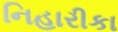
નિહારીકા